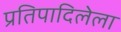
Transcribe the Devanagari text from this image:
प्रतिपादिलेला